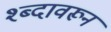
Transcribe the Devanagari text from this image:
श्ब्दावरून